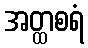
အတ္ထစရံ